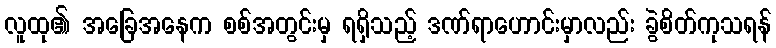
လူထု၏ အခြေအနေက စစ်အတွင်းမှ ရရှိသည့် ဒဏ်ရာဟောင်းမှာလည်း ခွဲစိတ်ကုသရန်